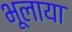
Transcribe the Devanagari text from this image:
भूलाया